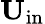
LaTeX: {\mathbf{U}}_{\mathrm{{in}}}